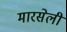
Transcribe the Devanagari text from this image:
मारसेली